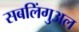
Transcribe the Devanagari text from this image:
सबलिंगुअल